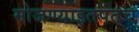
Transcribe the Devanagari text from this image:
मोजण्याइतपतच